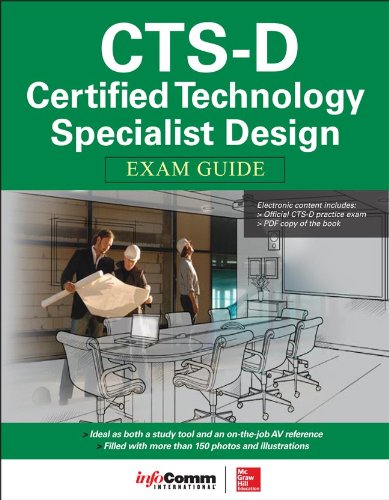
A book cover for CTS-D Certified Technology Specialist Design Exam Guide; Brad Grimes; Computers & Technology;